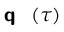
{ \textbf { \textsf { q } } } ( \tau )